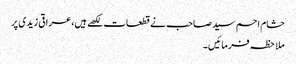
حشام احم سید صاحب نے قطعات لکھے ہیں،عراقی زیدی پر
ملاحظہ فرمائیں۔